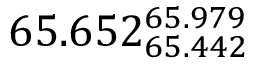
6 5 . 6 5 2 _ { 6 5 . 4 4 2 } ^ { 6 5 . 9 7 9 }